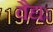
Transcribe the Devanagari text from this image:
वैद्यः